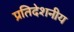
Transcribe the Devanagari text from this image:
प्रतिदेशनीय